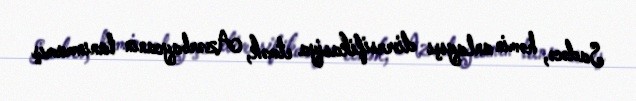
Sadəcə, həmin anlayışı diversifikasiya etmək, Azərbaycanın tanınmamış